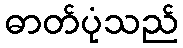
ဓာတ်ပုံသည်